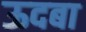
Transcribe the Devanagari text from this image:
ऊदबा